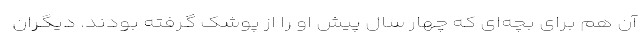
آن هم برای بچه‌ای که چهار سال پیش او را از پوشک گرفته بودند. دیگران